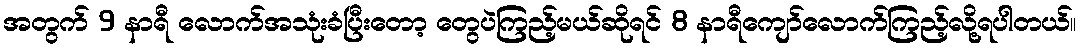
အတွက် 9 နာရီ လောက်အသုံးခံပြီးတော့ တွေပဲကြည့်မယ်ဆိုရင် 8 နာရီကျော်လောက်ကြည့်လို့ရပါတယ်။